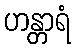
ဟန္တာရံ